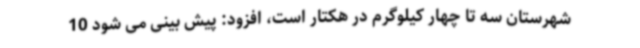
شهرستان سه تا چهار کیلوگرم در هکتار است، افزود: پیش بینی می شود 10